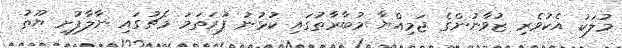
މުލަކު އެކުވެރި ޒުވާނުންގެ ޖަމިއްޔާ މުބާރާތުގައި ކުޅުނު ފުރަތަމަ މެޗުގައި ނާލާފުށި ޔޫތު